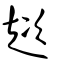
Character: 趑